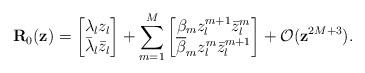
LaTeX: \begin{align*}\mathbf{R}_0(\mathbf{z})= \begin{bmatrix}\lambda_l z_l\\\bar{\lambda}_{l} \bar{z}_l\end{bmatrix}+\sum_{m=1}^M\begin{bmatrix}\beta_m z^{m+1}_l\bar{z}^{m}_l\\\overline{\beta}_m z^{m}_l\bar{z}^{m+1}_l\end{bmatrix}+\mathcal{O}(\mathbf{z}^{2M+3}).\end{align*}